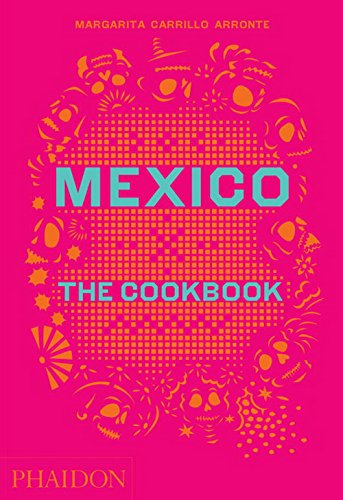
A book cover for Mexico: The Cookbook; Margarita Carrillo Arronte; Cookbooks, Food & Wine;